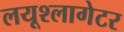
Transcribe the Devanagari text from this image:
लयूश्लागेटर